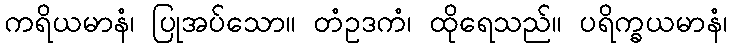
ကရိယမာနံ၊ ပြုအပ်သော။ တံဥဒကံ၊ ထိုရေသည်။ ပရိက္ခယမာနံ၊